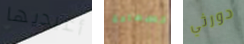
أعيديها السعادة دورثي